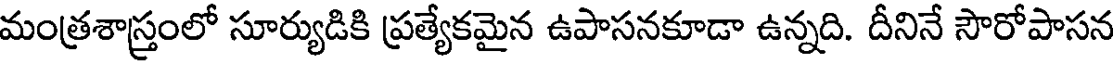
మంత్రశాస్త్రంలో సూర్యుడికి ప్రత్యేకమైన ఉపాసనకూడా ఉన్నది. దీనినే సౌరోపాసన